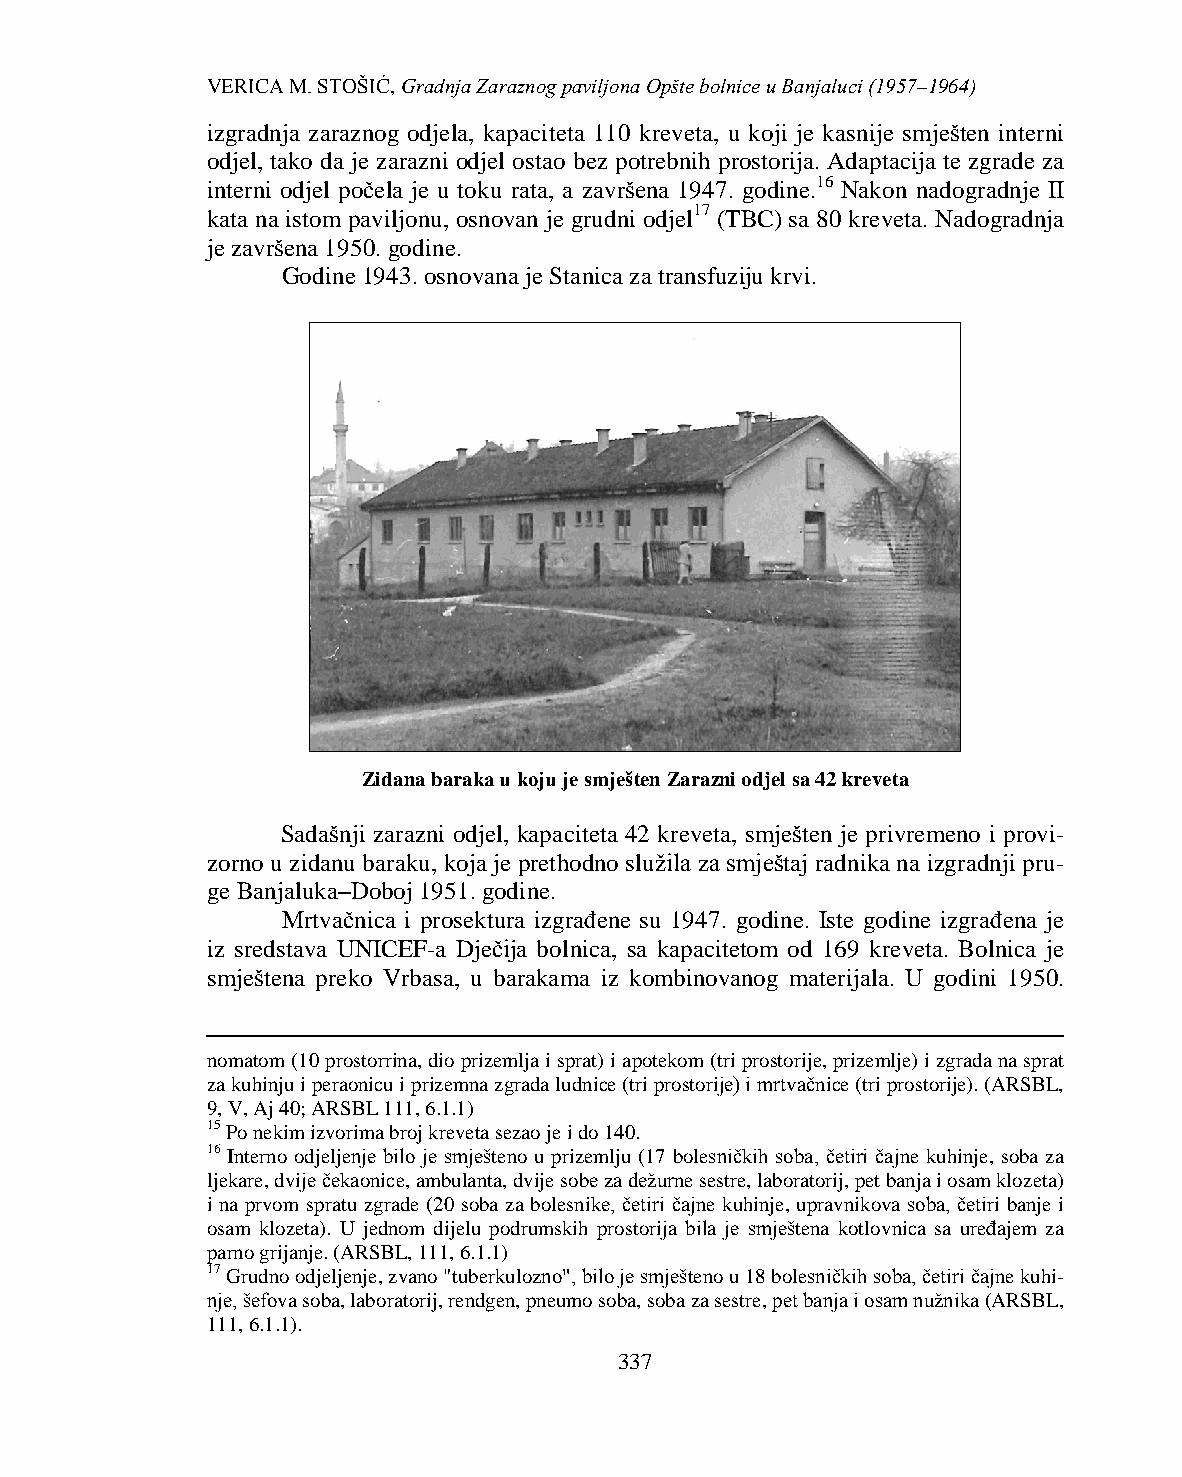
VERICA M. STOŠIĆ, Gradnja Zaraznog paviljona Opšte bolnice u Banjaluci (1957–1964)
 izgradnja zaraznog odjela, kapaciteta 110 kreveta, u koji je kasnije smješten interni
 odjel, tako da je zarazni odjel ostao bez potrebnih prostorija. Adaptacija te zgrade za
 interni odjel počela je u toku rata, a završena 1947. godine.16 Nakon nadogradnje II
 kata na istom paviljonu, osnovan je grudni odjel17 (TBC) sa 80 kreveta. Nadogradnja
 je završena 1950. godine.
 Godine 1943. osnovana je Stanica za transfuziju krvi.
 Zidana baraka u koju je smješten Zarazni odjel sa 42 kreveta
 Sadašnji zarazni odjel, kapaciteta 42 kreveta, smješten je privremeno i provi-
 zorno u zidanu baraku, koja je prethodno služila za smještaj radnika na izgradnji pru-
 ge Banjaluka–Doboj 1951. godine.
 Mrtvačnica i prosektura izgrađene su 1947. godine. Iste godine izgrađena je
 iz sredstava UNICEF-a Dječija bolnica, sa kapacitetom od 169 kreveta. Bolnica je
 smještena preko Vrbasa, u barakama iz kombinovanog materijala. U godini 1950.
 nomatom (10 prostorrina, dio prizemlja i sprat) i apotekom (tri prostorije, prizemlje) i zgrada na sprat
 za kuhinju i peraonicu i prizemna zgrada ludnice (tri prostorije) i mrtvačnice (tri prostorije). (ARSBL,
 9, V, Aj 40; ARSBL 111, 6.1.1)
 15 Po nekim izvorima broj kreveta sezao je i do 140.
 16 Interno odjeljenje bilo je smješteno u prizemlju (17 bolesničkih soba, četiri čajne kuhinje, soba za
 ljekare, dvije čekaonice, ambulanta, dvije sobe za dežurne sestre, laboratorij, pet banja i osam klozeta)
 i na prvom spratu zgrade (20 soba za bolesnike, četiri čajne kuhinje, upravnikova soba, četiri banje i
 osam klozeta). U jednom dijelu podrumskih prostorija bila je smještena kotlovnica sa uređajem za
 parno grijanje. (ARSBL, 111, 6.1.1)
 17 Grudno odjeljenje, zvano "tuberkulozno", bilo je smješteno u 18 bolesničkih soba, četiri čajne kuhi-
 nje, šefova soba, laboratorij, rendgen, pneumo soba, soba za sestre, pet banja i osam nužnika (ARSBL,
 111, 6.1.1).
 337